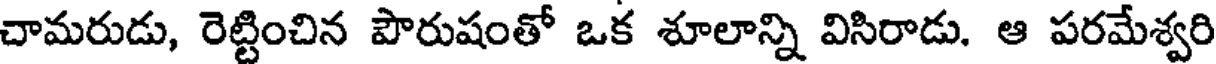
చామరుడు, రెట్టించిన పౌరుషంతో ఒక శూలాన్ని విసిరాడు. ఆ పరమేశ్వరి